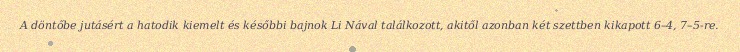
A döntőbe jutásért a hatodik kiemelt és későbbi bajnok Li Nával találkozott, akitől azonban két szettben kikapott 6–4, 7–5-re.